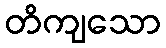
တိကျသော